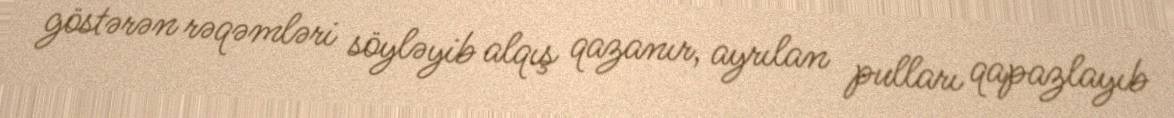
göstərən rəqəmləri söyləyib alqış qazanır, ayrılan pulları qapazlayıb